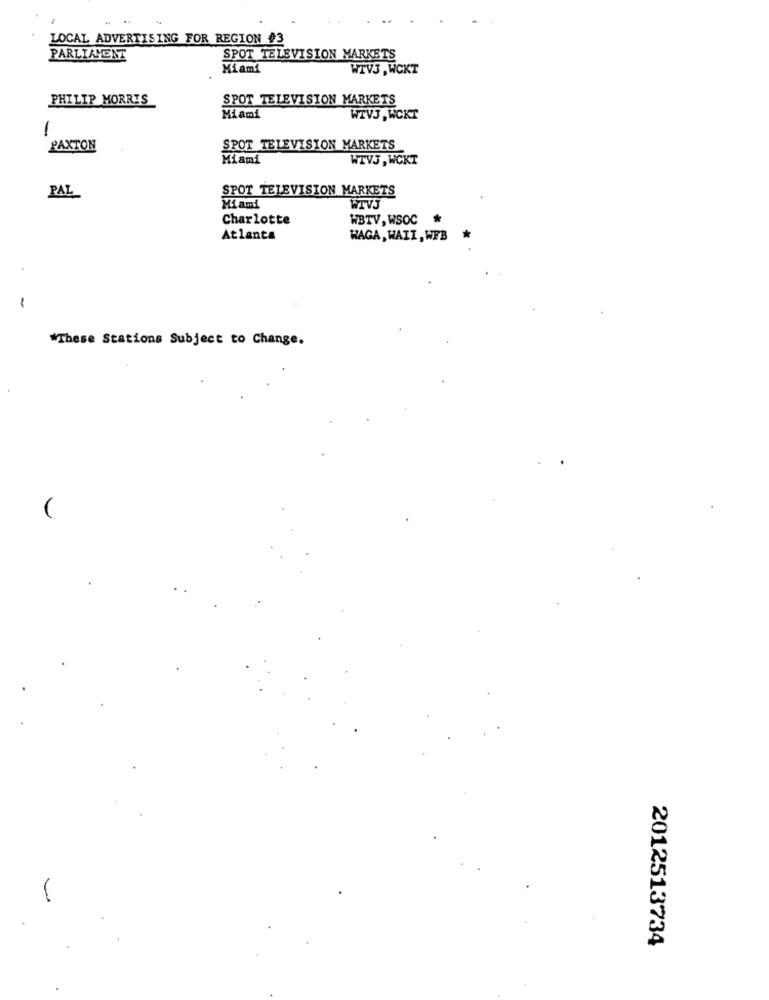
LOCAL ADVERTISING FOR REGION #3
PARLIAMENT
SPOT TELEVISION MARKETS
Miami
WTVJ , WCKT
PHILIP MORRIS
SPOT TELEVISION MARKETS
Miami
WTVJ , WCKT
1
PAXTON
SPOT TELEVISION MARKETS
Miami
WTVJ , WCKT
SPOT TELEVISION MARKETS
PAL
Miami
WTVJ
Charlotte
WBTV, WSOC
Atlanta
WAGA, WAII, WFB
-
*These Stations Subject to Change.
2012513734